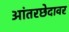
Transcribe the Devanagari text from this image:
आंतरछेदावर